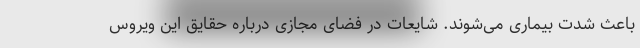
باعث شدت بیماری می‌شوند. شایعات در فضای مجازی درباره حقایق این ویروس